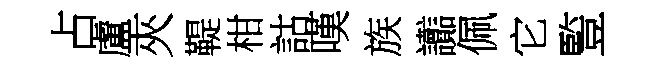
占盧夾鞮柑詁嘆族讟佩它䜿